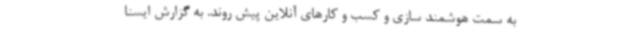
به سمت هوشمند سازی و کسب و کارهای آنلاین پیش روند. به گزارش ایسنا